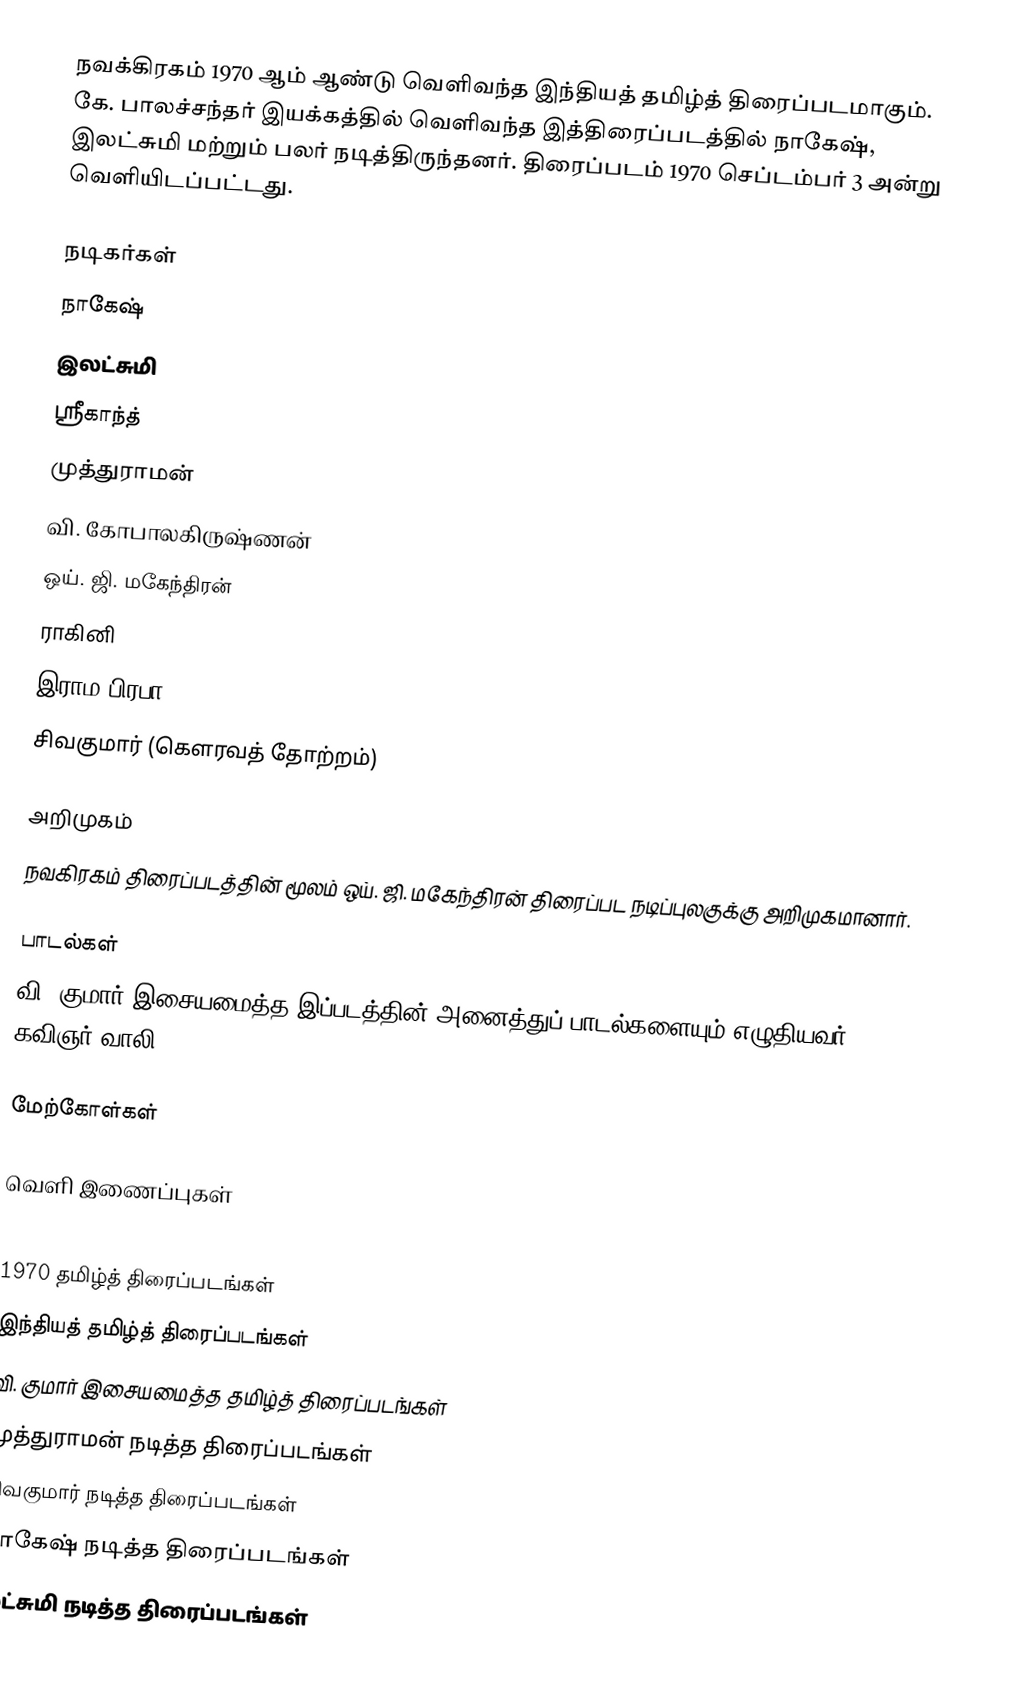
நவக்கிரகம் 1970 ஆம் ஆண்டு வெளிவந்த இந்தியத் தமிழ்த் திரைப்படமாகும். கே. பாலச்சந்தர் இயக்கத்தில் வெளிவந்த இத்திரைப்படத்தில் நாகேஷ், இலட்சுமி மற்றும் பலர் நடித்திருந்தனர். திரைப்படம் 1970 செப்டம்பர் 3 அன்று வெளியிடப்பட்டது.

நடிகர்கள்
நாகேஷ்
இலட்சுமி
ஸ்ரீகாந்த்
முத்துராமன்
வி. கோபாலகிருஷ்ணன்
ஒய். ஜி. மகேந்திரன்
ராகினி
இராம பிரபா
சிவகுமார் (கௌரவத் தோற்றம்)

அறிமுகம்
நவகிரகம் திரைப்படத்தின் மூலம் ஒய். ஜி. மகேந்திரன் திரைப்பட நடிப்புலகுக்கு அறிமுகமானார்.

பாடல்கள்
வி. குமார் இசையமைத்த இப்படத்தின் அனைத்துப் பாடல்களையும் எழுதியவர் கவிஞர் வாலி.

மேற்கோள்கள்

வெளி இணைப்புகள்

1970 தமிழ்த் திரைப்படங்கள்
இந்தியத் தமிழ்த் திரைப்படங்கள்
வி. குமார் இசையமைத்த தமிழ்த் திரைப்படங்கள்
முத்துராமன் நடித்த திரைப்படங்கள்
சிவகுமார் நடித்த திரைப்படங்கள்
நாகேஷ் நடித்த திரைப்படங்கள்
லட்சுமி நடித்த திரைப்படங்கள்